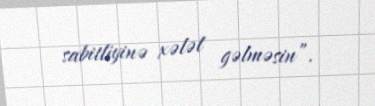
sabitliyinə xələl gəlməsin”.